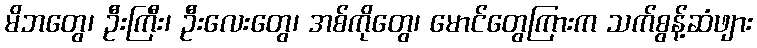
မိဘတွေ၊ ဦးကြီး၊ ဦးလေးတွေ၊ အစ်ကိုတွေ၊ မောင်တွေကြားက သက်စွန့်ဆံဖျား